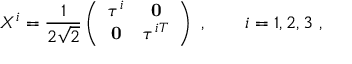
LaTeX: X ^ { i } = \frac { 1 } { 2 \sqrt { 2 } } \left( \begin{array} { c c } { { \tau ^ { i } } } & { { { \bf 0 } } } \\ { { { \bf 0 } } } & { { \tau ^ { i T } } } \end{array} \right) \ , \qquad i = 1 , 2 , 3 \ ,